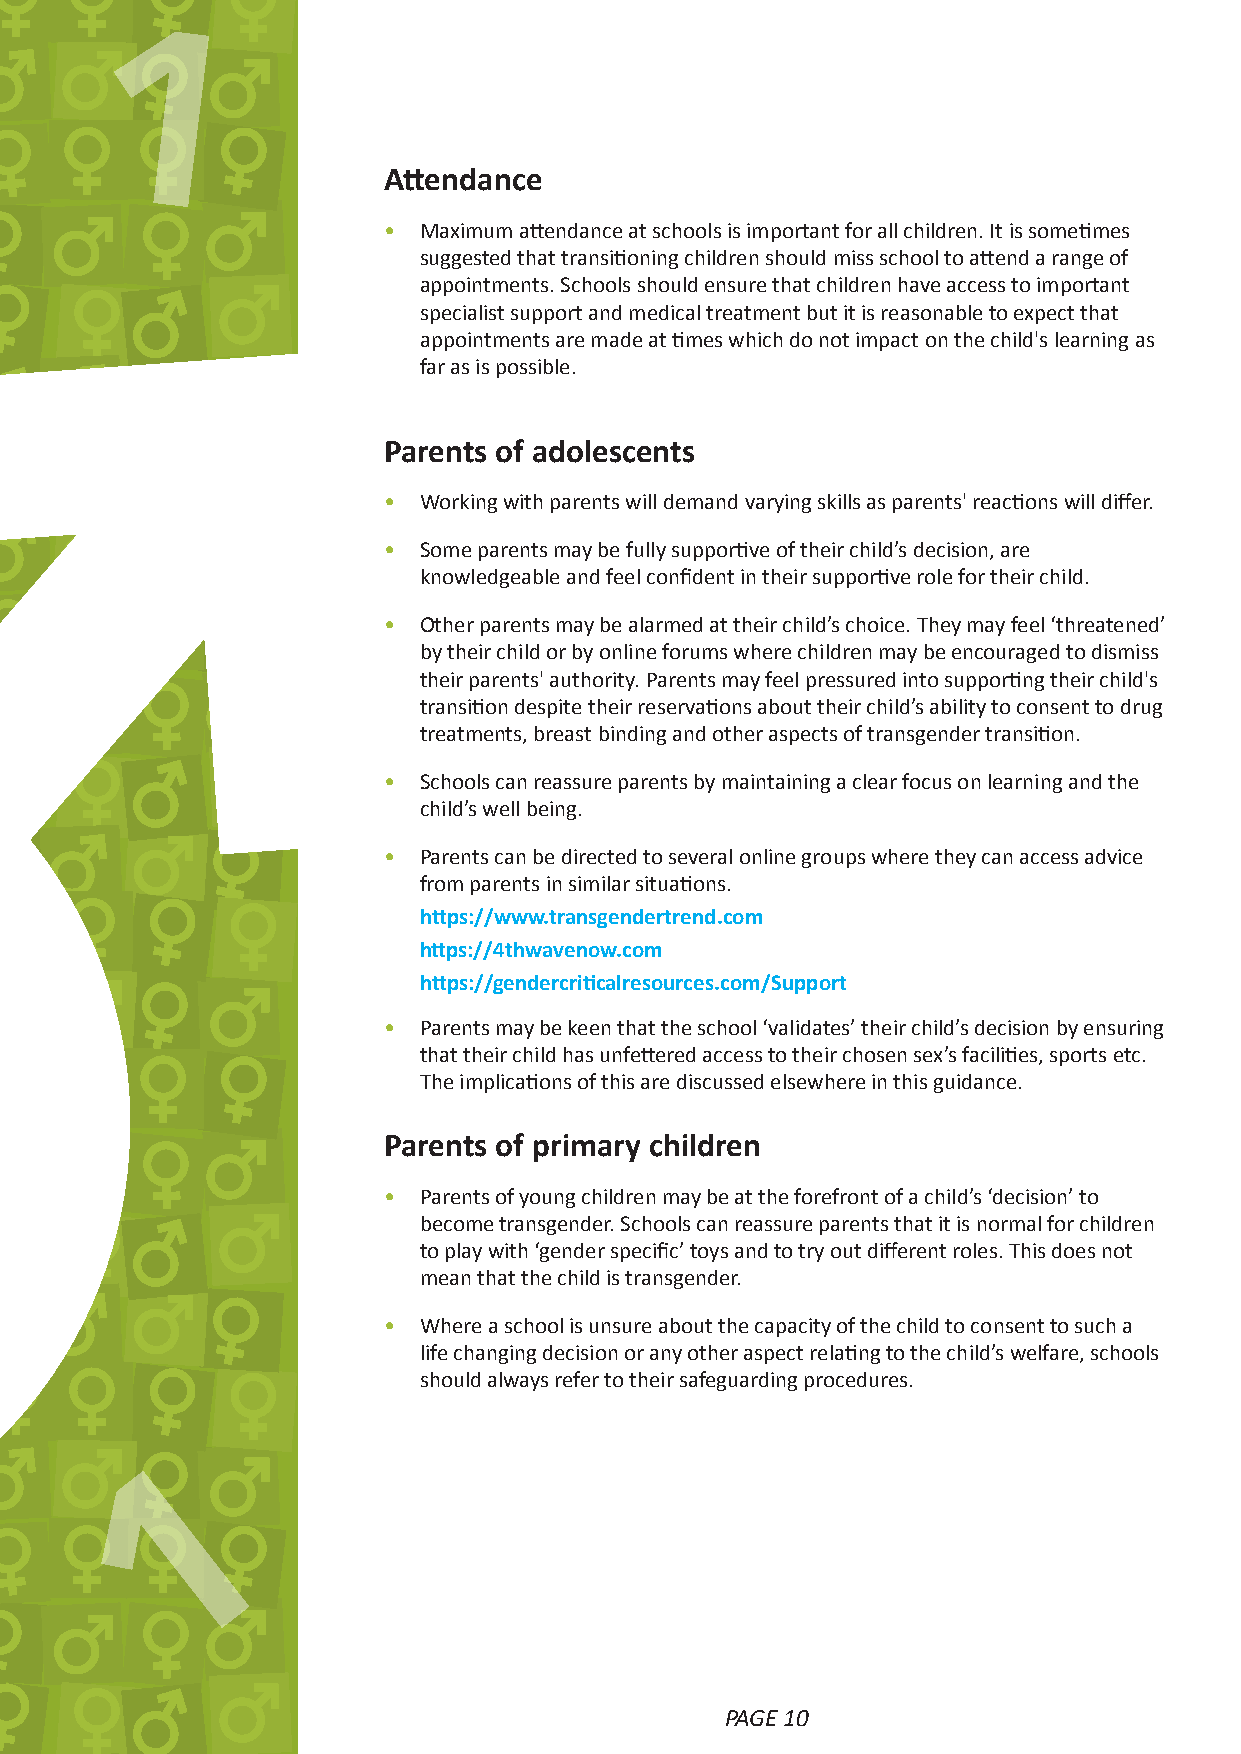
1
 Attendance
 •  Maximum attendance at schools is important for all children. It is sometimes
 suggested that transitioning children should miss school to attend a range of
 appointments. Schools should ensure that children have access to important
 specialist support and medical treatment but it is reasonable to expect that
 appointments are made at times which do not impact on the child's learning as
 far as is possible.
 Parents of adolescents
 •  Working with parents will demand varying skills as parents' reactions will differ.
 •  Some parents may be fully supportive of their child’s decision, are
 knowledgeable and feel confident in their supportive role for their child.
 •  Other parents may be alarmed at their child’s choice. They may feel ‘threatened’
 by their child or by online forums where children may be encouraged to dismiss
 their parents' authority. Parents may feel pressured into supporting their child's
 transition despite their reservations about their child’s ability to consent to drug
 treatments, breast binding and other aspects of transgender transition.
 •  Schools can reassure parents by maintaining a clear focus on learning and the
 child’s well being.
 •  Parents can be directed to several online groups where they can access advice
 from parents in similar situations.
 https://www.transgendertrend.com
 https://4thwavenow.com
 https://gendercriticalresources.com/Support
 •  Parents may be keen that the school ‘validates’ their child’s decision by ensuring
 that their child has unfettered access to their chosen sex’s facilities, sports etc.
 The implications of this are discussed elsewhere in this guidance.
 Parents of primary children
 •  Parents of young children may be at the forefront of a child’s ‘decision’ to
 become transgender. Schools can reassure parents that it is normal for children
 to play with ‘gender specific’ toys and to try out different roles. This does not
 mean that the child is transgender.
 •  Where a school is unsure about the capacity of the child to consent to such a
 life changing decision or any other aspect relating to the child’s welfare, schools
 should always refer to their safeguarding procedures.
 1
 PAGE 10